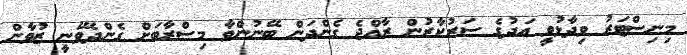
މިނިސްޓަރު ވިދާޅުވީ އަދުގެ ސަރުކާރުން ރާއްޖެ ގެންދަން ބޭނުންވާ މިސްރާބަށް ގެންދެވޭނީ ޒުވާން